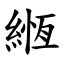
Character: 緪